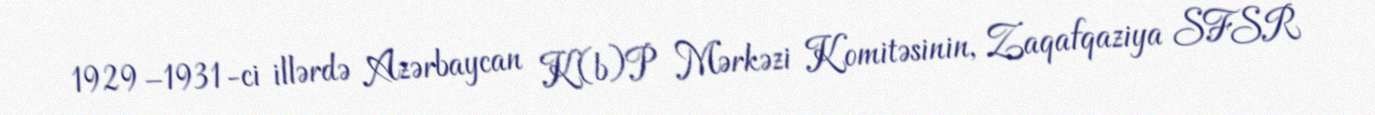
1929–1931-ci illərdə Azərbaycan K(b)P Mərkəzi Komitəsinin, Zaqafqaziya SFSR